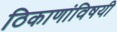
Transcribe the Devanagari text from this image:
ठिकाणांविषयी